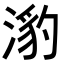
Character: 𭱯